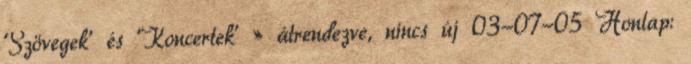
'Szövegek' és 'Koncertek' » átrendezve, nincs új 03-07-05 Honlap: